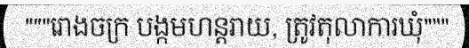
"""រោងចក្រ បង្កមហន្តរាយ, ត្រូវតុលាការឃុំ"""